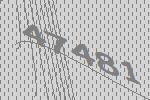
47481